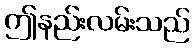
ဤနည်းလမ်းသည်